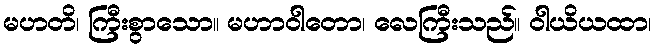
မဟတိ၊ ကြီးစွာသော။ မဟာဝါတော၊ လေကြီးသည်။ ဝါယိယထာ၊